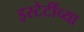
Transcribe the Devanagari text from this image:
इस्टेटींच्या